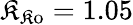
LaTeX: \mathfrak{K}_{\mathrm{{\mathfrak{K}o}}}=1.05